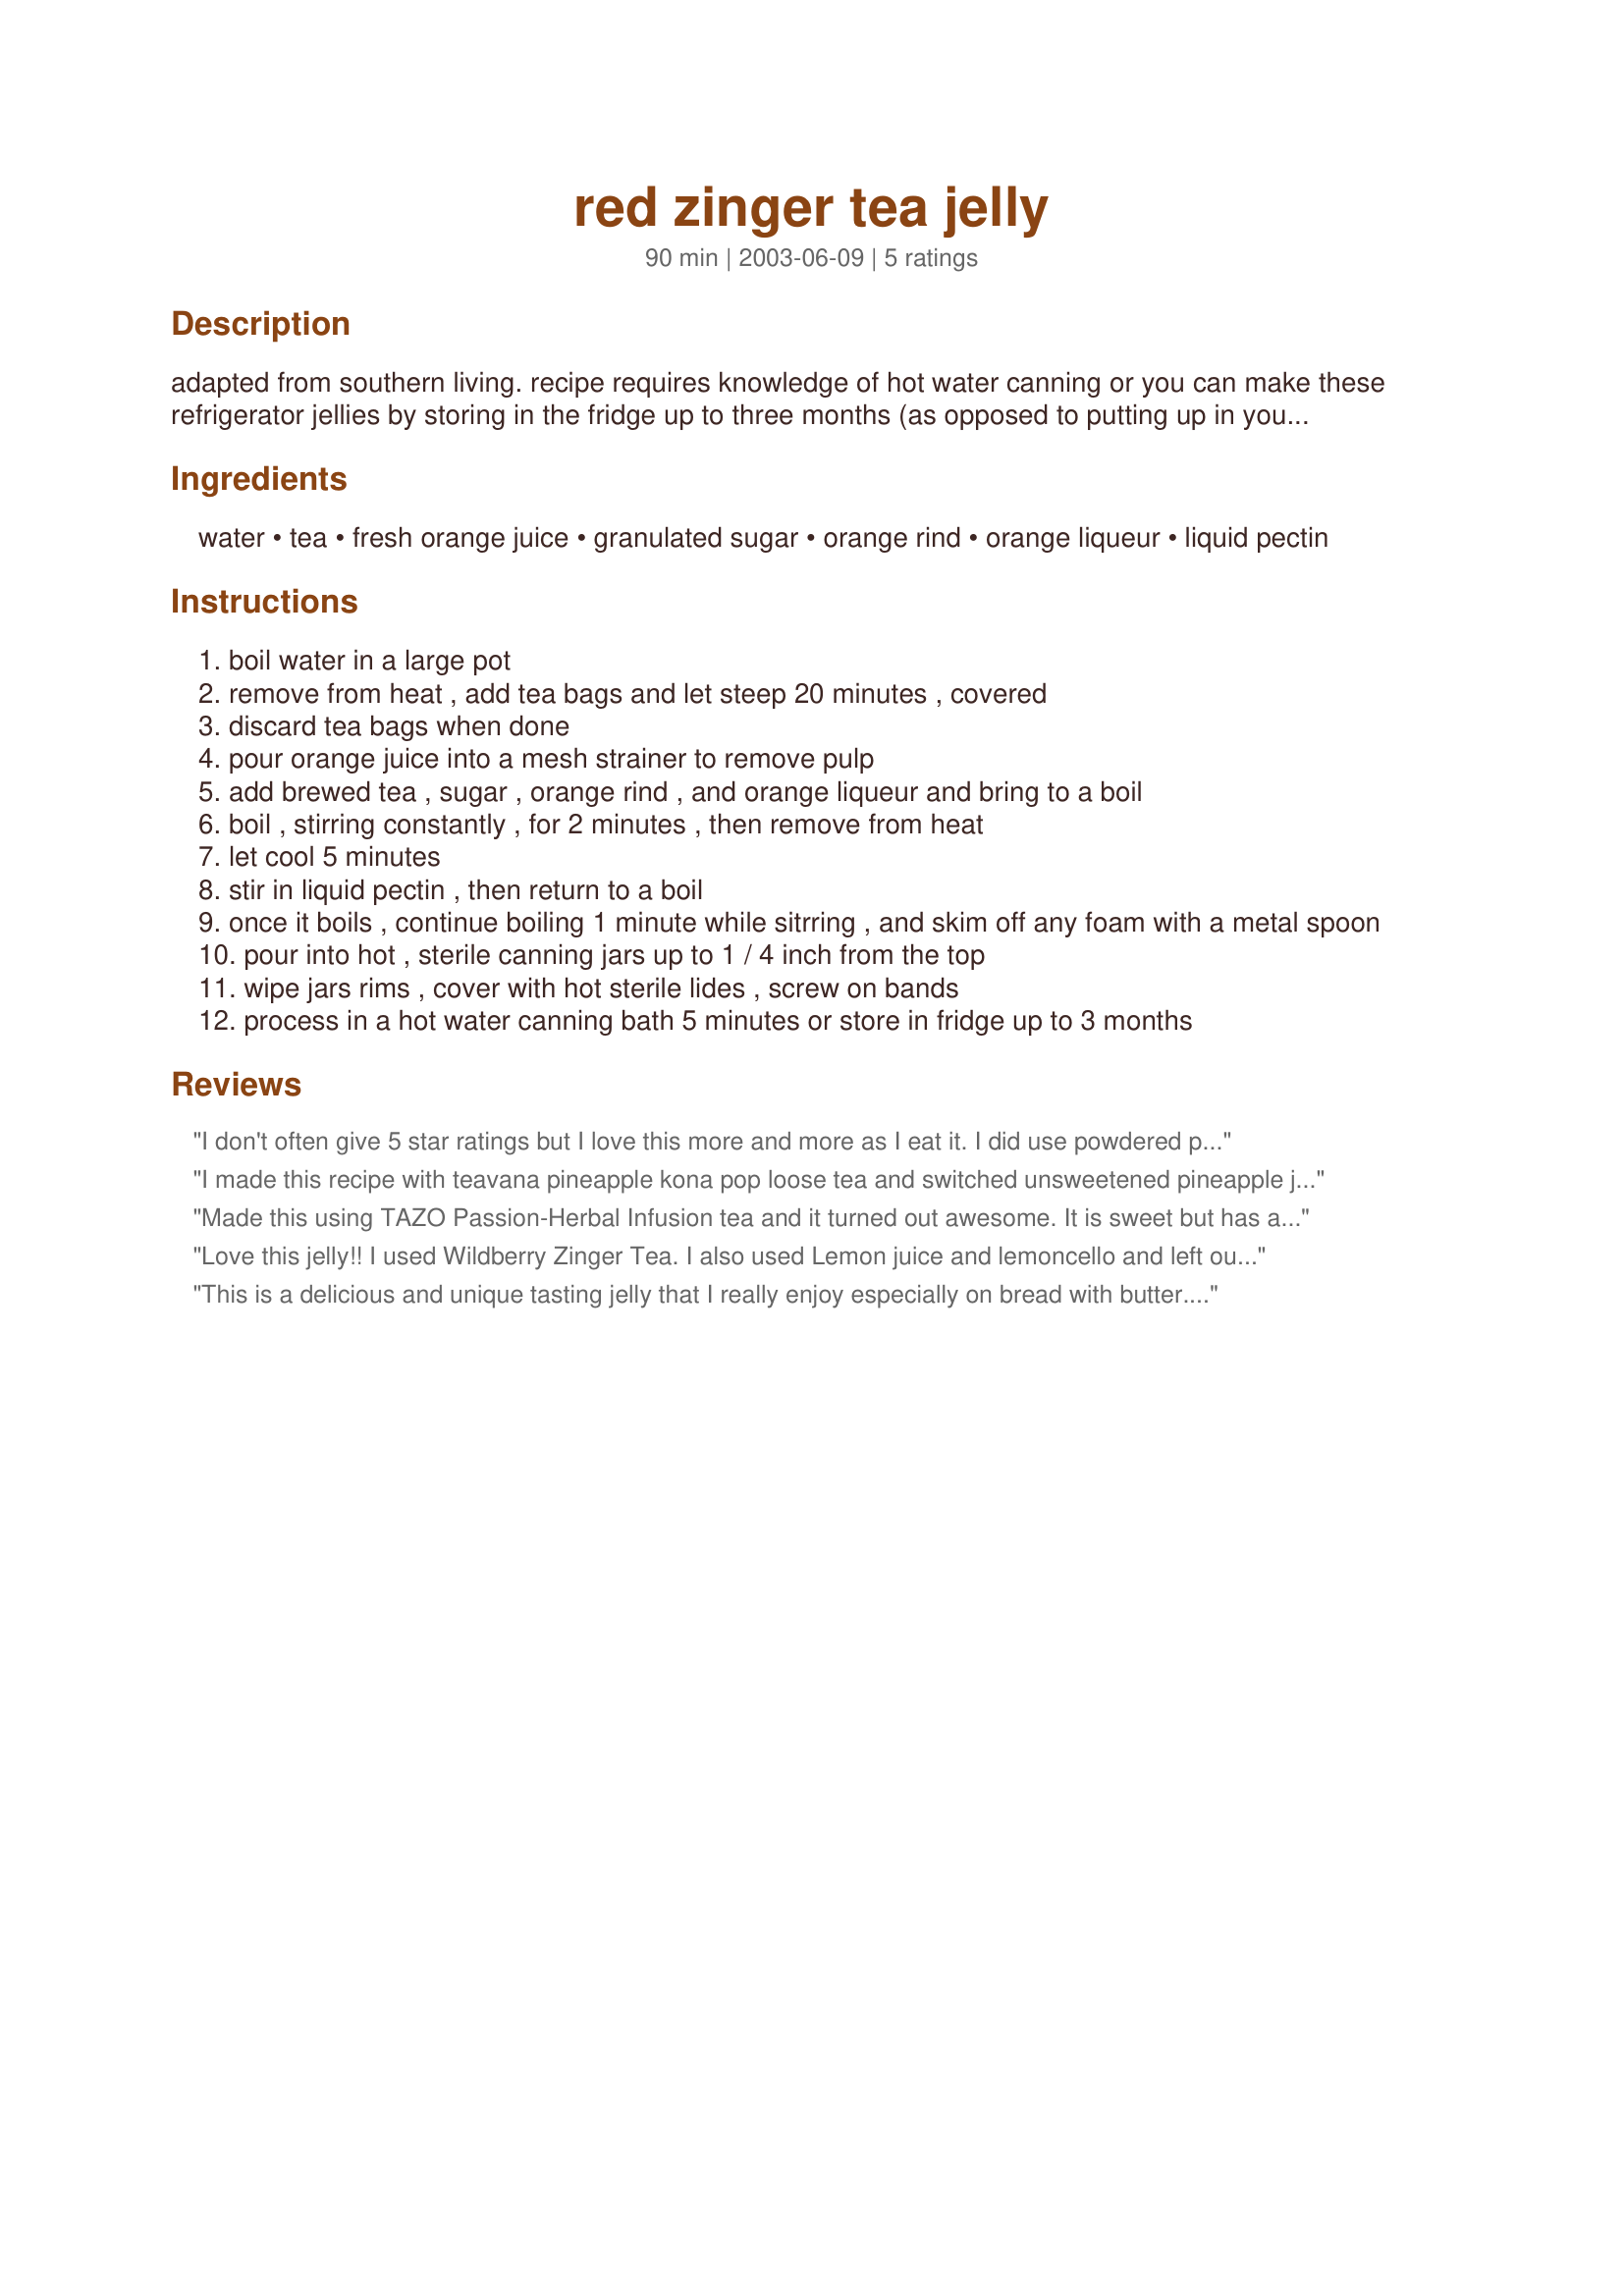
red zinger tea jelly
Preparation time: 90 minutes

adapted from southern living. recipe requires knowledge of hot water canning or you can make these refrigerator jellies by storing in the fridge up to three months (as opposed to putting up in your cupboard). i haven't tried this yet. note: the original version claimed to produce 12 half pint jars, but the amounts seem to indicate only perhaps 3 or 4 half pint jars. once i have tested this i will update the servings with the correct amount.

Ingredients:
water, tea, fresh orange juice, granulated sugar, orange rind, orange liqueur, liquid pectin

Steps:
boil water in a large pot
remove from heat , add tea bags and let steep 20 minutes , covered
discard tea bags when done
pour orange juice into a mesh strainer to remove pulp
add brewed tea , sugar , orange rind , and orange liqueur and bring to a boil
boil , stirring constantly , for 2 minutes , then remove from heat
let cool 5 minutes
stir in liquid pectin , then return to a boil
once it boils , continue boiling 1 minute while sitrring , and skim off any foam with a metal spoon
pour into hot , sterile canning jars up to 1 / 4 inch from the top
wipe jars rims , cover with hot sterile lides , screw on bands
process in a hot water canning bath 5 minutes or store in fridge up to 3 months

Reviews:
I don't often give 5 star ratings but I love this more and more as I eat it. I did use powdered pectin according to the package directions and the texture is a bit grainy... but the flavor is still great. I used raspberry zinger but I don't think it changed the flavor any. It tastes like really "zingy" red zinger tea. The extra zing comes from the orange and rind. I only used 1 Tbs of rind because it was fresh and strong. I'm glad I did because more would have been overpowering. The rind does cloud the color but it is SO worth it! I did not have any liqueur.
BTW- This made 4 half-pints. I had considered doubling or tripling this in the future but while researching discovered that jelly has to be made in small batches in order to be safe. (boiling time would change) Probably you could do several batches back-to-back and process them at the same time.
I made this recipe with teavana pineapple kona pop loose tea and switched unsweetened pineapple juice for the orange. I increased the water to 2 cups as loose tea does soak up a lot of water as it steeps. I'm not too keen on super sweet so i used a little under 3 cups of sugar. I did everything else as directed in the recipe and it came out terrific. I ended up with 2 half pints and 3 40z jars of jelly. I absolutely love this recipe, it is a great jumping off point for countless other tea jellies! I can't wait to try my pinapple tea jelly as a glaze on ham and feel like it would be tasty heated and drizzled over bacon as well =) This will also make for great gifts! So happy I found this recipe! By the way, this was my first time making jelly. I watched a bunch of youtube videos and stocked up on jars and pectin and gave it a go. This recipe is great for beginners and younger preppers to get started with.
Made this using TAZO Passion-Herbal Infusion tea and it turned out awesome. It is sweet but has a tang to it. Did not use any juice. Excited to share over holidays!
Love this jelly!! I used Wildberry Zinger Tea. I also used Lemon juice and lemoncello and left out the lemon zest. It tastes just like the WIldberry tea!! Yummy!! It made 3 half pints and probably 1/8 pint. I put the little bit leftover in a little bowl to enjoy now. You could probably use whatever herbal tea you like.
This is a delicious and unique tasting jelly that I really enjoy especially on bread with butter. I made it according to the recipe as posted and was very happy with the results. It has a beautiful color and set up very firmly. I had my husband (who has never tried red zinger tea) taste-test it, and he said it tasted like raspberries. It has a unique perky fruity taste.
